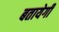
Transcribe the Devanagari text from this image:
बतायेगी